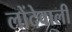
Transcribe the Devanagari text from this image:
लोंदेवाली